Vana-Antsla_vallavalitsus, lk 85
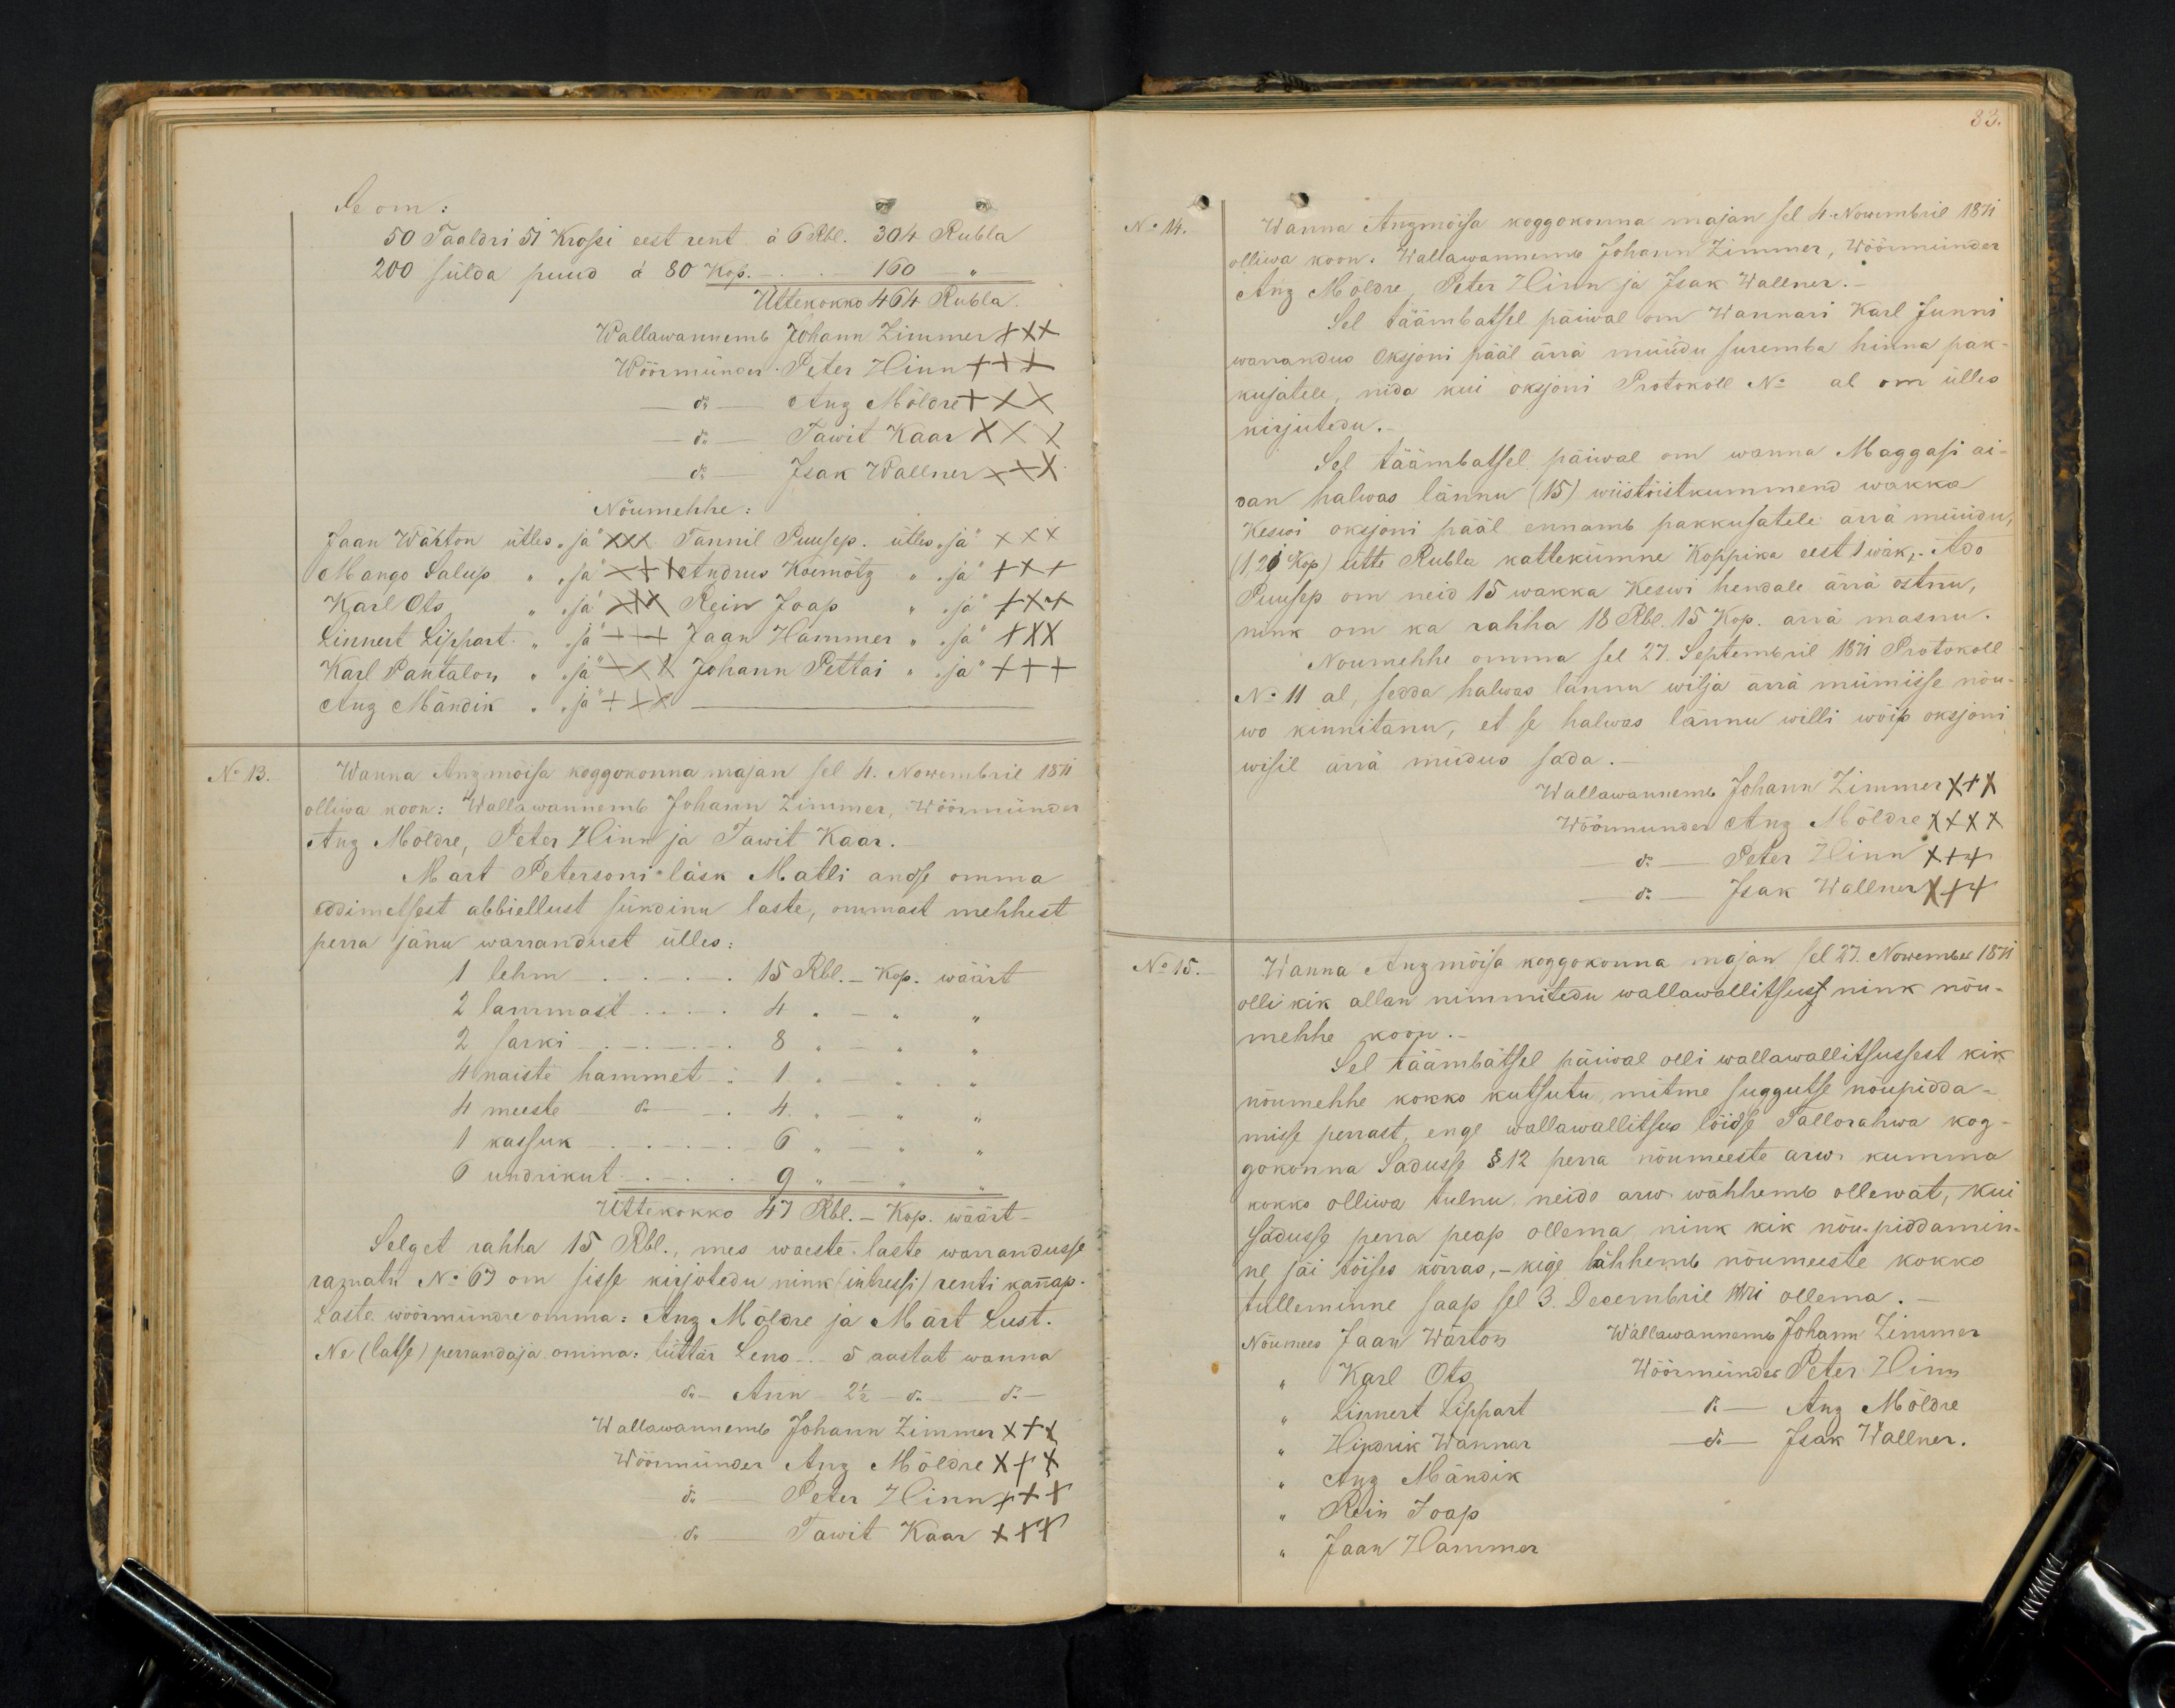
Se om.
50 Taaldri 51 Krossi eest rent à 6 Rbl. 304 Rubla
200 sülda puud à 80 kop. - 160 "
Üttekokko 464 Rubla
Wallawannemb Johann Zimmer XXX
Wöörmünder Peter Hinn +++
do - Anz Möldre XXX
do - Tawit Kaar XXX
do - Isak Wallner XXX
Nöumehhe:
Jaan Wärton ütles, "ja" XXX. Tannil Puusep. ütles "ja" XXX
Mango Salup " "ja" xxx Andrus Koemõtz " "ja"  +++
Karl Ots " "ja" xxx Rein Joap " "ja" +++
Linnaet Lippart " "ja" xxx Jaan Hammer " "ja" XXX
Karl Pantalon" " ja" XXX Johann Pettai " "ja" +++
Anz Mändik " "ja" +++
No 13.
Wanna Anzmöisa koggokonna majan sel 4. Nowembril 1871.
olliwa koon: Wallawannemb Johann Zimmer, Wöörmünder
Anz Möldre, Peter Hinn ja Tawit Kaar.
Mart Petersoni läsk Matli andse omma
eddimetsest abbiellust sündinu laste, ommast mehhest
perra jänu warrandust ülles:
1 lehm - - 15 Rbl. - Kop. wäärt
2 lammast - 4 " - " "
2 sarki - 8 " - "
4 naiste hammet - 1 - - " "
4 meeste - do - 4 " - " "
1 kassuk - 6 " - "
6 undrikut - 9 " - "
Üttekokko 47 Rbl. - Kop. wäärt-
Selget rahha 15 Rbl., mes waeste laste warrandusse
ramatu No 67 on sisse kirjotedu nink (intressi) renti kannap.
Laste wöörmündre omma: Anz Möldre ja Märt Lust.
Ne (latse) perrandaja, omma: tüttar Leno - 5 aastat wanna
do - Ann 2 1/2 - do - do
Wallawannemb Johann Zimmer XXX
Wöörmünder Anz Möldre XXX
do - Peter Hinn xxx
do - Tawit Kaar XXX

83.
No 14.
Wanna Anzmoisa koggokonna majan sel 4 Nowembril 1871
olliwa koon. Wallawannemb Johann Zimmer, Wöörmünder
Anz Mõldre, Peter Hinn ja Isak Wallner.
Sel täämbatsel päiwal on Wannari Karl Junni
warrandus Oksjoni pääl ärrä muidu suremba hinna pak-
kujatele, nida kui okjoni Protokoll No al om ülles
kirjutedu.
Sel täämbatsel päiwal on wanna Maggasi ai-
dan halwas lännu (15) wiistöistkummend wakka
Keswi oksjoni pääl ennamb pakkujatele ärrä müüdu,
(1/20 kop) ütte Rubla kattekümne Koppika eest 1 wak, Ado
Puusep om neid 15 wakka Keswi hendale ärra ostnu,
nink om ka rahha 18 Rbl. 15 kop. ärra masnu.
Noumehhe omma sel 27. Septembril 1871 Protokoll
No 11 al, sedda halwas lännu wilja ärra müümisse nõu-
wo kinnitanu, et se halwas lännu willi wõip oksjoni
wisil ärrä müdus sada.
Wallawannemb Johann Zimmer XXX
Wöörmunder Anz Mõldre XXX
do - Peter Hinn XXX
do Isak Wallner +++
No 15.
Wanna Anzmõisa koggokonna majan sel 27. Nowember 1871
olli kik allan nimmitudu wallawallitsuss nink nõu-
mehhe koon.-
Sel täämbätsel päiwal olli wallawallitsussest kik
nõumehhe kokko kutsutu, mitme suggutse nõupida-
misse perrast, enge wallawallitsus lõid se Tallorahwa kog-
gokonna Sadusse §12 perra nõumeeste arw kumma
kokko olliwa tulnu, neido arw. wähhemb ollewat, kui
sadusse perra peap ollema, nink kik nõu-piddamin-
ne jäi tõises kõrras, - kige lähhemb nõumeeste kokko
tulleminne saap sel 3. Decembril 1871 ollema.-
Nõumees Jaan Wärtson Wallawannemb Johann Zimmer
" Karl Ots Wöörmünder Peter Hinn
„ Linnert Lippart
do - Anz Möldre
" Hindrik Wannar
do Isak Wallner.
" Anz Mändik
" Rein Ioap
" Jaan Hammer